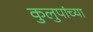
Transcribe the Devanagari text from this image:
कुलुपांच्या